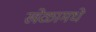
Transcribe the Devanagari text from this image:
खेळामधे